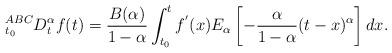
LaTeX: \begin{align*}_{t_{0}}^{ABC}D_{t}^{\alpha}f(t)= \dfrac{B(\alpha)}{1-\alpha}\int^{t}_{t_{0}}f^{'}(x)E_\alpha\left[ -\dfrac{\alpha}{1-\alpha}(t-x)^{\alpha}\right]dx.\end{align*}